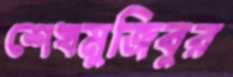
শেখমুজিবুর